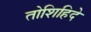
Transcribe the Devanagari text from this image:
तोशिहिदे